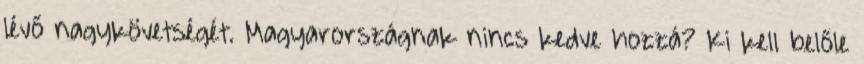
lévő nagykövetségét. Magyarországnak nincs kedve hozzá? Ki kell belőle